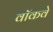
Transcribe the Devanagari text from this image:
वॉकवे